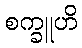
စက္ခူဟိ